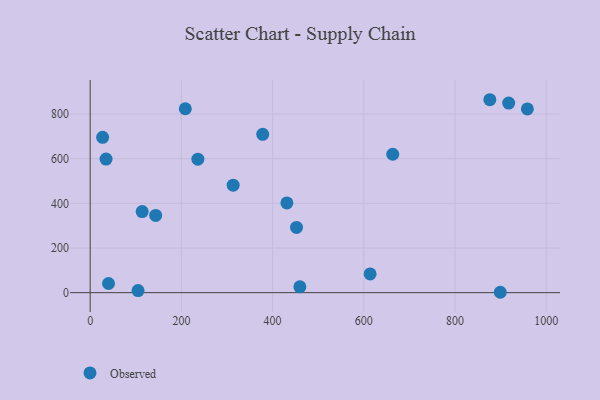
{"axis": {"x": "Price", "y": "Sales"}, "legend": ["Observed"], "data": [{"x": "27.3", "y": 695.8, "type": "Observed"}, {"x": "378.3", "y": 709.6, "type": "Observed"}, {"x": "452.4", "y": 292.1, "type": "Observed"}, {"x": "613.8", "y": 84.0, "type": "Observed"}, {"x": "208.6", "y": 824.0, "type": "Observed"}, {"x": "114.0", "y": 363.2, "type": "Observed"}, {"x": "876.3", "y": 864.4, "type": "Observed"}, {"x": "663.4", "y": 620.1, "type": "Observed"}, {"x": "105.0", "y": 9.5, "type": "Observed"}, {"x": "34.8", "y": 598.3, "type": "Observed"}, {"x": "899.2", "y": 1.7, "type": "Observed"}, {"x": "917.6", "y": 849.3, "type": "Observed"}, {"x": "459.8", "y": 26.2, "type": "Observed"}, {"x": "40.2", "y": 41.1, "type": "Observed"}, {"x": "958.6", "y": 823.0, "type": "Observed"}, {"x": "431.3", "y": 402.1, "type": "Observed"}, {"x": "236.1", "y": 598.2, "type": "Observed"}, {"x": "143.6", "y": 346.2, "type": "Observed"}, {"x": "313.5", "y": 481.7, "type": "Observed"}]}